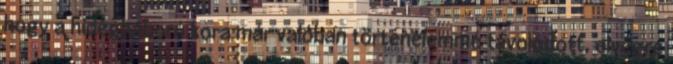
hogy a hidegháború kora már valóban történelemmé távolodott, elvégre